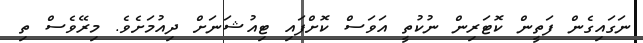
ނަގައިގެން ފަތީން ކޮޓަރިން ނުކުތީ އަވަސް ކޮށްފައި ޓިއުޝަނަށް ދިއުމަށެވެ. މިރޭވެސް ތި